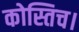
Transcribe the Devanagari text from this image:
कोस्तिच।